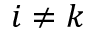
i \ne k